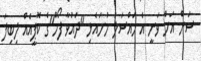
ސަން އަށް ވަނީ އެ މައްސަލަ ހުށައެޅި "ދައުވާ ފޯމް"ގެ ކޮޕީއެއް ލިބިފަ